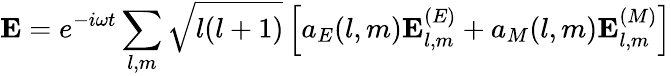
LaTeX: \mathbf{E}=e^{-i\omega t}\sum_{l,m}{\sqrt{l(l+1)}}\left[a_{E}(l,m)\mathbf{E}_{l,m}^{(E)}+a_{M}(l,m)\mathbf{E}_{l,m}^{(M)}\right]